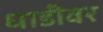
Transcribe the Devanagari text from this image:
धाडीवर